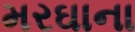
મરઘાના